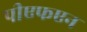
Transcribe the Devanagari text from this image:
पीएफएन